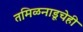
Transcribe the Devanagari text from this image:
तमिळनाडूचेही